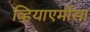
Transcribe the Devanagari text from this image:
व्हियाएर्मोसा